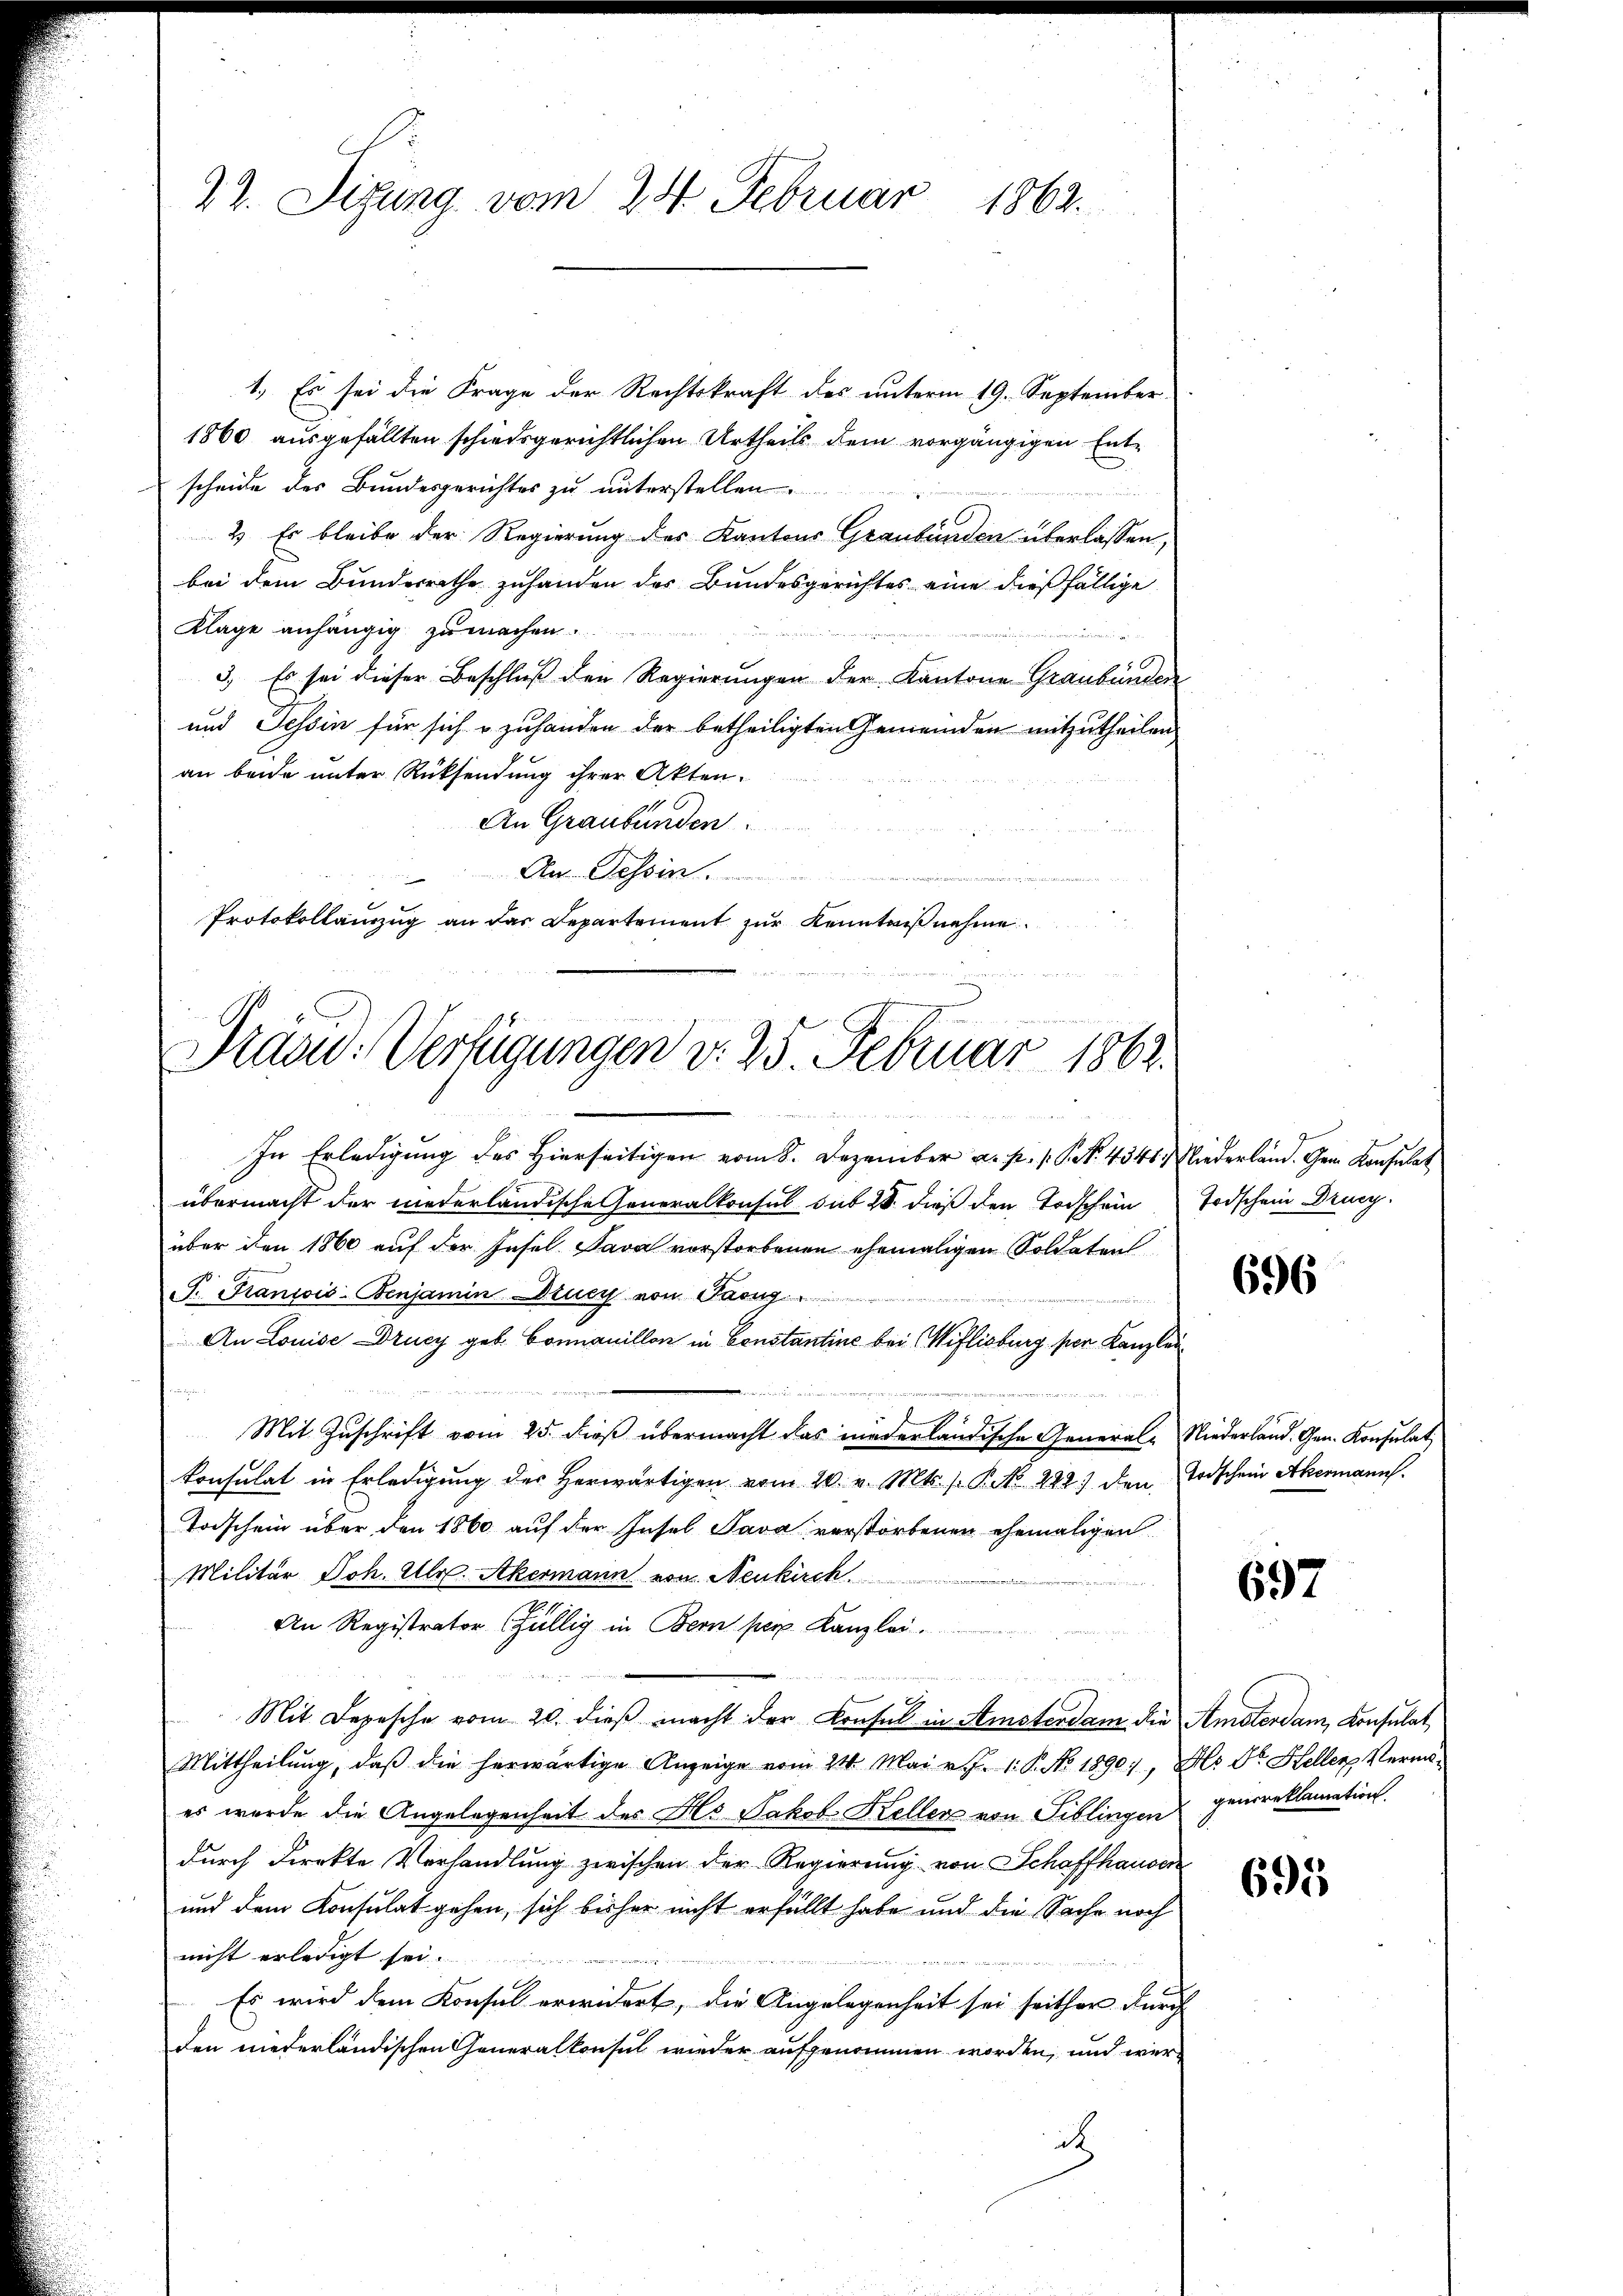
1.) Es sei die Frage der Rechtskraft des unterm 19. September
1860 ausgefällten schiedsgerichtlichen Urtheils dem vorgängigen Entscheide des Bundesgerichtes zu unterstellen.
un
2) Es bleibe der Regierung des Kantons Graubünden überlassen,
bei dem Bunderrathe zuhanden des Bundesgerichtes eine dießfällige
Klage anhängig zu machen.

3.) Es sei dieser Beschluß der Regierungen der Kantone Graubünden
und Tessin für sich zuhanden der betheiligten Gemeinden mitzutheilen
an beide unter Rücksendung ihrer Akten.
An Graubünden.
Au. Tessin.
.
Protokollinzug an das Departement zur Kenntniß nehme

27. Sizung vom 24. Februar 1862.

Prand: Verfügungen v. 25. Februar 1863.

In Erledigung des Hierseitigen vom 8. Dezember a. p. 1. P. N. 4346, Niederland. Gem. Konsulat
übermacht der niederländische Generalkonsul sub 28. dieß den Todschein Todschein Druc
über den 1860 auf der Insel Java vorstorbenen ehemaligen Soldaten
P. Francois-Benjamin Drucy von Facu
An Louise Drucy geb. Comanillon in Constantine bei Wiflisburg per Kanzlei
95
u
Mit Zuschrift vom 25. dieß übermacht das niederländische General-Niederland. Gen. Konsulat
Consulat in Erledigŭng der herwärtigen vom 20. v. Mts. f. P. No 292) den Todschein Abermann.
Todschein über den 1860 auf der Insel Java verstorbenen ehemaligen
Militär Joh. Ulr. Akermann von Neukirch
An Registrator fällig in Bern per Kanzlei.
Mit Depesche vom 20. dieß macht der Konsul in Amsterdam die Amsterdam Konsulat
Mittheilŭng, daβ die herwärtige Anzeige vom 24. Mai v. J. 1. P. No. 1890, Als Dr. Heller Vermöes wurde die Angelegenheit des Hs. Jakob Kellen von Tiblingen genoreklamation
durch direkte Verhandlung zwischen der Regierung von Schaffhauser
und dem Konsulat gehen, sich bisher nicht erfüllt habe und die Sache noch
nicht erledigt sei.
Es wird dem Konsul erwidert, die Angelegenheit sei seither durch
den niederländischen Generalkonsul wieder aufgenommen worden, und werd

696

697

695